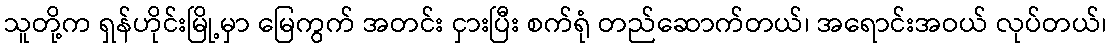
သူတို့က ရှန်ဟိုင်းမြို့မှာ မြေကွက် အတင်း ငှားပြီး စက်ရုံ တည်ဆောက်တယ်၊ အရောင်းအဝယ် လုပ်တယ်၊